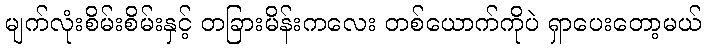
မျက်လုံးစိမ်းစိမ်းနှင့် တခြားမိန်းကလေး တစ်ယောက်ကိုပဲ ရှာပေးတော့မယ်